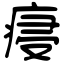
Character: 㾛